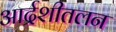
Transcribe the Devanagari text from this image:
आर्द्रशीतलन